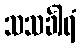
သသင်္ခါရံ